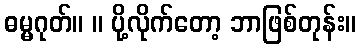
ဓမ္မဂုတ်။ ။ ပို့လိုက်တော့ ဘာဖြစ်တုန်း။